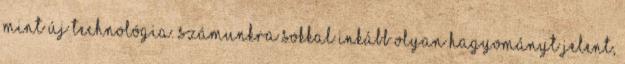
mint új technológia. Számunkra sokkal inkább olyan hagyományt jelent,